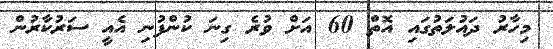
މިހާރު ދައުލަތުގައި އޮތް 60 އަށް ވުރެ ގިނަ ކުންފުނި އެއީ ސަރުކާރުން